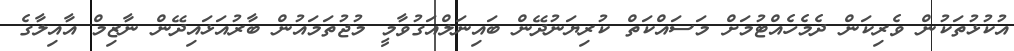
އުކުޅުތަކުން ވެރިކަން ދެމެހެއްޓުމަށް މަސައްކަތް ކުރިޔަނުދޭން ބައިނަލްއަގުވާމީ މުޖުތަމައުން ބާރުއަޅައިދޭން ނާޒިމް އާއިލާގެ